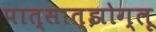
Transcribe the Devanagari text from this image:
पात्सात्झोग्लू